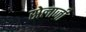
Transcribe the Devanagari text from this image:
सेलाजी